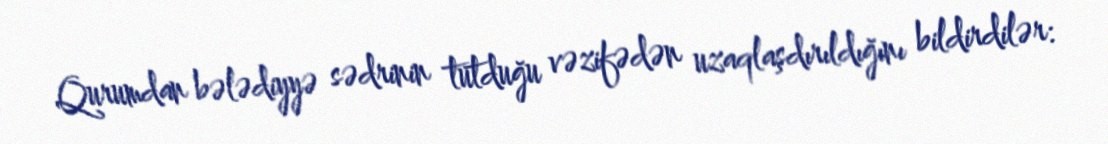
Qurumdan bələdiyyə sədrinin tutduğu vəzifədən uzaqlaşdırıldığını bildirdilər: